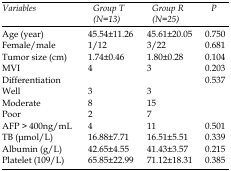
| Variables | Group T (N=13) | Group R (N=25) | P |
 | --- | --- | --- | --- |
 | Age (year) | 45.54±11.26 | 45.61±20.05 | 0.750 |
 | Female/male | 1/12 | 3/22 | 0.681 |
 | Tumor size (cm) | 1.74±0.46 | 1.80±0.28 | 0.104 |
 | MVI | 4 | 3 | 0.203 |
 | Differentiation |  |  | 0.537 |
 | Well | 3 | 3 |  |
 | Moderate | 8 | 15 |  |
 | Poor | 2 | 7 |  |
 | AFP > 400ng/mL | 4 | 11 | 0.501 |
 | TB (μmol/L) | 16.88±7.71 | 16.51±5.51 | 0.339 |
 | Albumin (g/L) | 42.65±4.55 | 41.43±3.57 | 0.215 |
 | Platelet (109/L) | 65.85±22.99 | 71.12±18.31 | 0.385 |